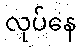
လုပ်နေ